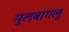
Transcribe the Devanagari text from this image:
मुलबागलू